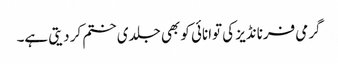
گرمی فرنانڈیز کی توانائی کو بھی جلدی ختم کر دیتی ہے۔